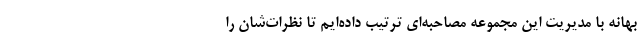
بهانه با مدیریت این مجموعه مصاحبه‌ای ترتیب داده‌ایم تا نظرات‌شان را